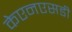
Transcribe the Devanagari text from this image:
केएनएसडी